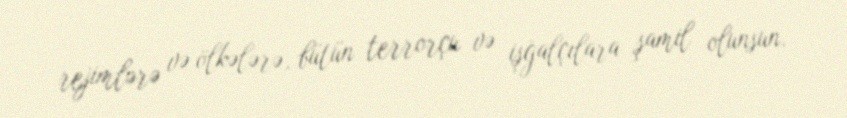
rejimlərə və ölkələrə, bütün terrorçu və işğalçılara şamil olunsun.